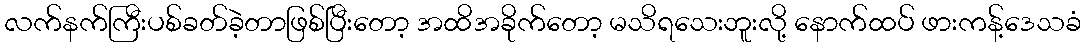
လက်နက်ကြီးပစ်ခတ်ခဲ့တာဖြစ်ပြီးတော့ အထိအခိုက်တော့ မသိရသေးဘူးလို့ နောက်ထပ် ဖားကန့်ဒေသခံ